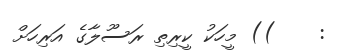
:    )) މީހަކު ކީރިތި ރަސޫލާގެ އަރިހަށް